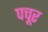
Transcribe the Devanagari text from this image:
पचूर